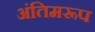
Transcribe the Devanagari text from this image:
अंतिमरूप